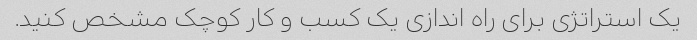
یک استراتژی برای راه اندازی یک کسب و کار کوچک مشخص کنید.